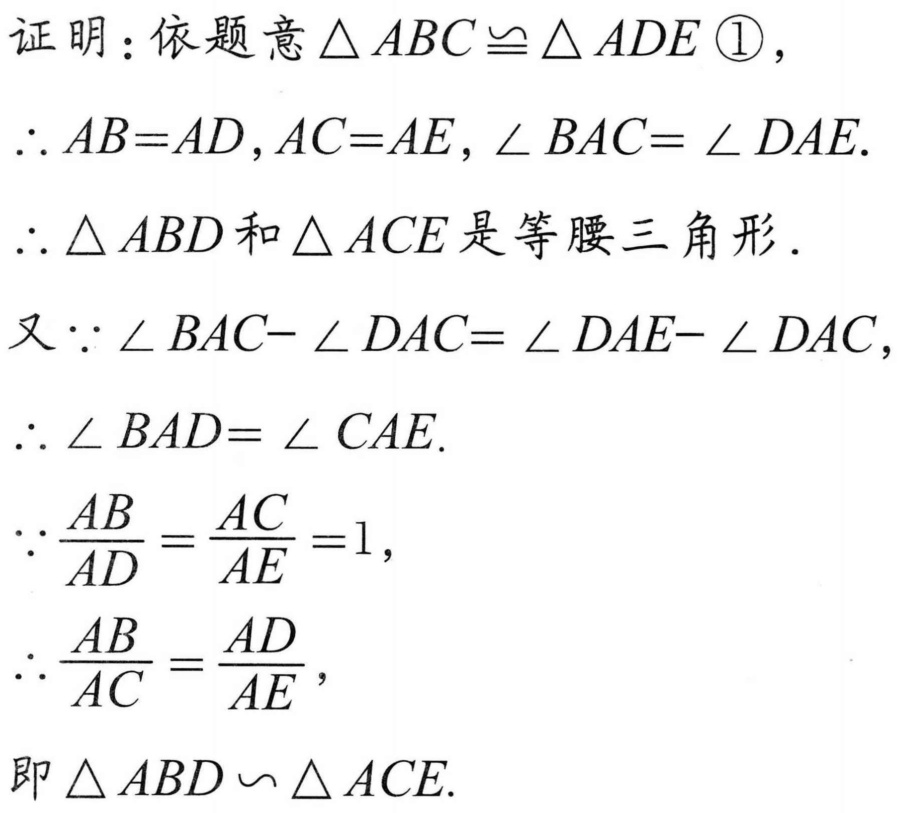
证明：依题意\(\triangle ABC\cong\triangle ADE\) \textcircled{1}，
\(\therefore AB = AD,AC = AE,\angle BAC=\angle DAE.\)
\(\therefore\triangle ABD\)和\(\triangle ACE\)是等腰三角形.
又\(\because\angle BAC - \angle DAC=\angle DAE-\angle DAC\)，
\(\therefore\angle BAD=\angle CAE.\)
\(\because\frac{AB}{AD}=\frac{AC}{AE}=1\)，
\(\therefore\frac{AB}{AC}=\frac{AD}{AE}\)，
即\(\triangle ABD\backsim\triangle ACE.\)